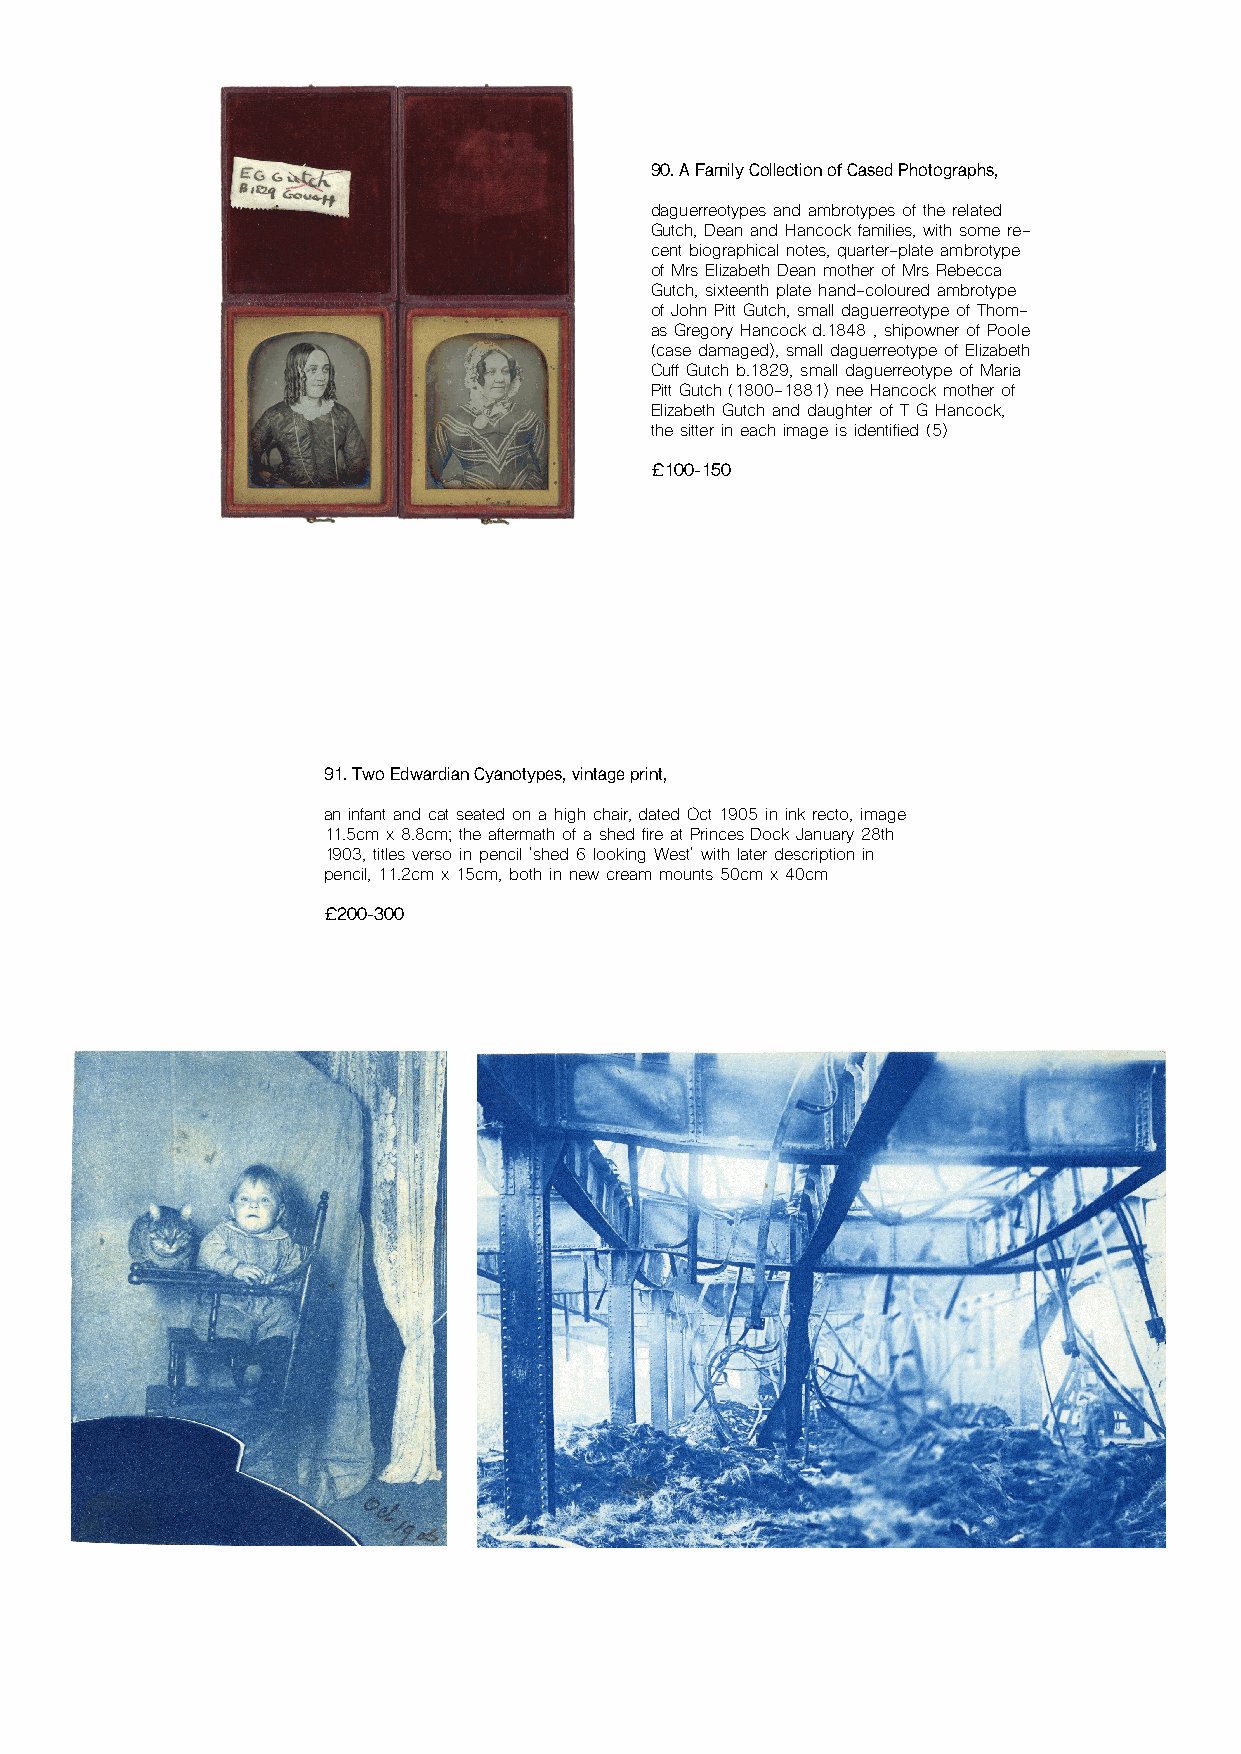
90. A Family Collection of Cased Photographs,
 daguerreotypes and ambrotypes of the related
 Gutch, Dean and Hancock families, with some re-
 cent biographical notes, quarter-plate ambrotype
 of Mrs Elizabeth Dean mother of Mrs Rebecca
 Gutch, sixteenth plate hand-coloured ambrotype
 of John Pitt Gutch, small daguerreotype of Thom-
 as Gregory Hancock d.1848 , shipowner of Poole
 (case damaged), small daguerreotype of Elizabeth
 Cuff Gutch b.1829, small daguerreotype of Maria
 Pitt Gutch (1800-1881) nee Hancock mother of
 Elizabeth Gutch and daughter of T G Hancock,
 the sitter in each image is identified (5)
 £100-150
 91. Two Edwardian Cyanotypes, vintage print,
 an infant and cat seated on a high chair, dated Oct 1905 in ink recto, image
 11.5cm x 8.8cm; the aftermath of a shed fire at Princes Dock January 28th
 1903, titles verso in pencil 'shed 6 looking West' with later description in
 pencil, 11.2cm x 15cm, both in new cream mounts 50cm x 40cm
 £200-300